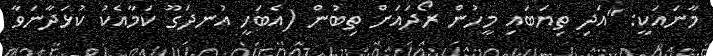
މާނައަކީ: ''އަދި ތިޔަބައި މީހުން ރޯދައަށް ތިބުން (އެބަހީ އުނދަގޫ ކަމާއެކު ކުޅަދާނަވާ